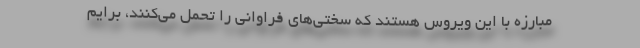
مبارزه با این ویروس هستند که سختی‌های فراوانی را تحمل می‌کنند، برایم